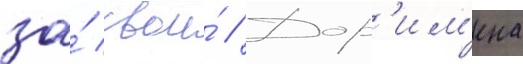
за́ свои́ // Дор'им'ена